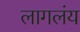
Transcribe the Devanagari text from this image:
लागलंय